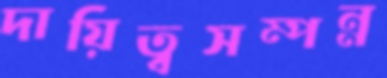
দায়িত্বসম্পন্ন